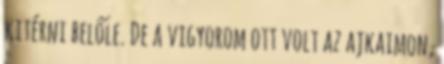
kitérni belőle. De a vigyorom ott volt az ajkaimon,